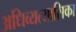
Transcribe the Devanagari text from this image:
अधिव्यत्यासिका